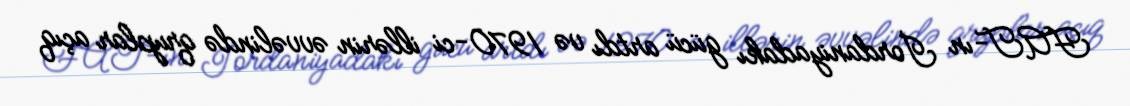
FAT-ın İordaniyadakı gücü artdı və 1970-ci illərin əvvəlində qruplar açıq